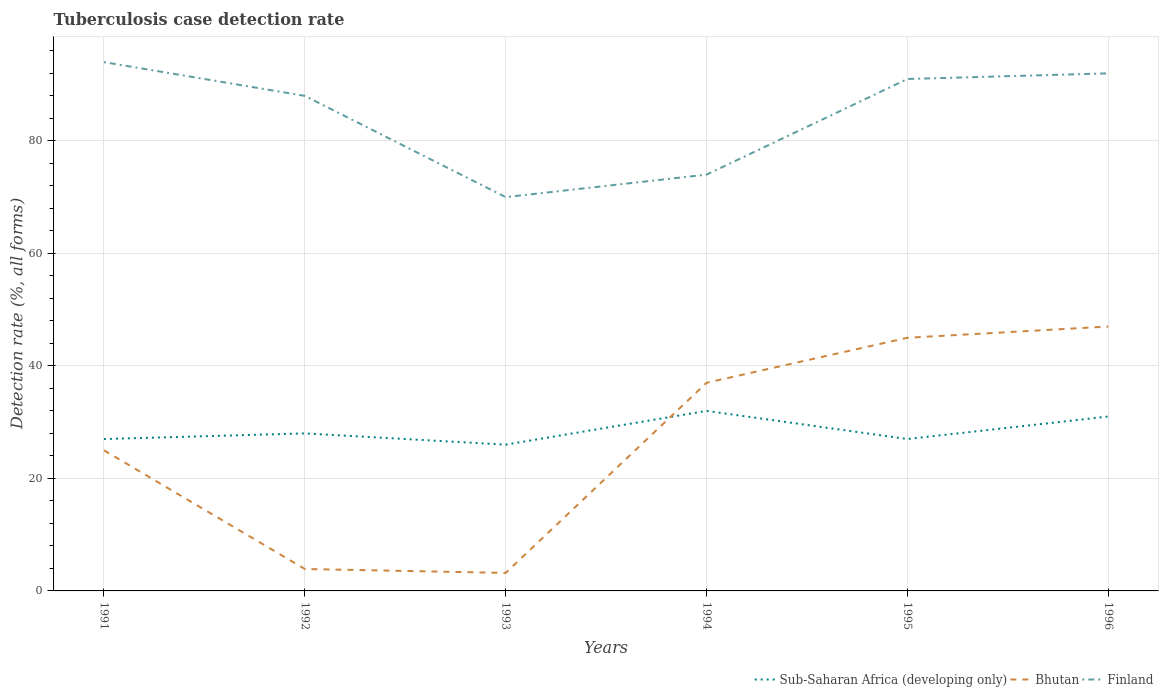
| Years | Sub-Saharan Africa (developing only) | Bhutan | Finland |
 | --- | --- | --- | --- |
 | 1991 | 27 | 25 | 94 |
 | 1992 | 28 | 3.9 | 88 |
 | 1993 | 26 | 3.2 | 70 |
 | 1994 | 32 | 37 | 74 |
 | 1995 | 27 | 45 | 91 |
 | 1996 | 31 | 47 | 92 |